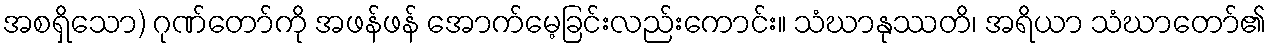
အစရှိသော) ဂုဏ်တော်ကို အဖန်ဖန် အောက်မေ့ခြင်းလည်းကောင်း။ သံဃာနုဿတိ၊ အရိယာ သံဃာတော်၏